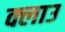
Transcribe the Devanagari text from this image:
क्लाउ